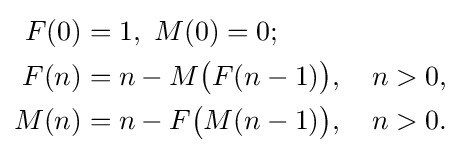
{\begin{aligned}F(0)&=1,\ M(0)=0;\\F(n)&=n-M{\big (}F(n-1){\big )},\quad n>0,\\M(n)&=n-F{\big (}M(n-1){\big )},\quad n>0.\end{aligned}}